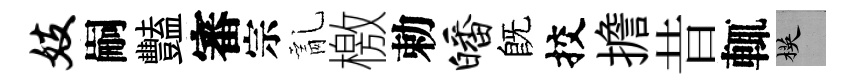
妓嗣豔審宗亂檄勅皤旣挍擔昔輒楧